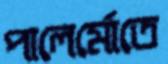
পালের্মোতে